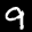
Label: 9